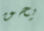
يحق